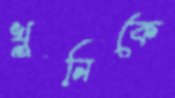
খুনিকে